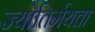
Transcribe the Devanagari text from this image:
ज्योतिर्मयता